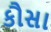
કૌસા